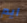
ايم